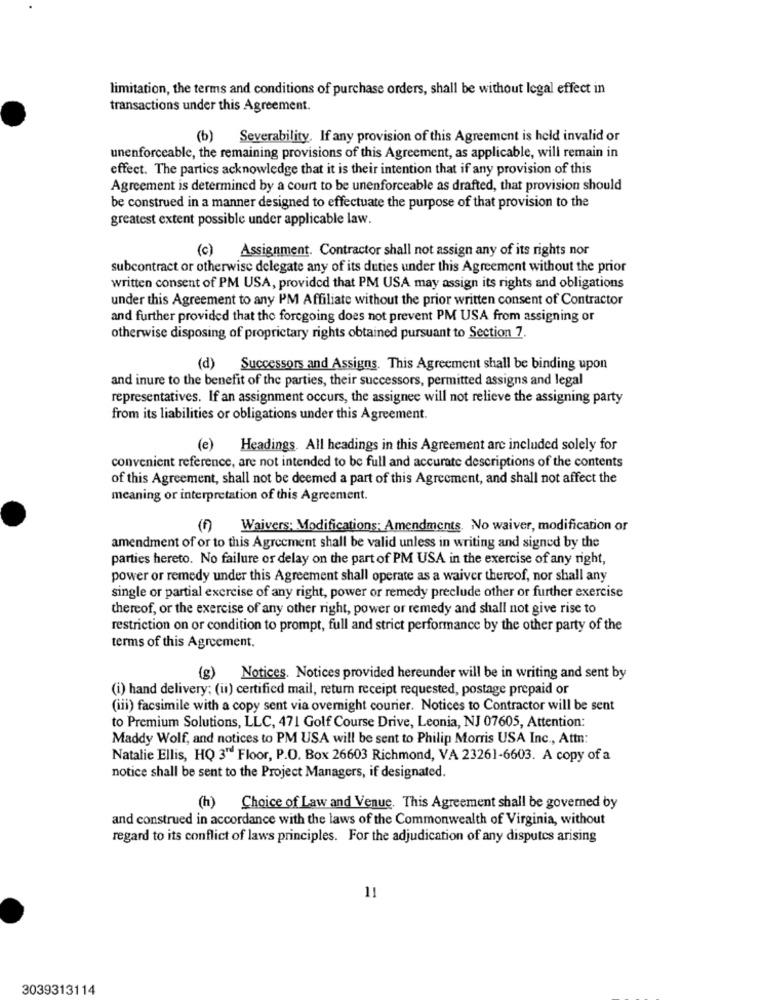
limitation, the terms and conditions of purchase orders, shall be without legal effect in
transactions under this Agreement.
(b) Severability. If any provision of this Agreement is held invalid or
unenforceable, the remaining provisions of this Agreement, as applicable, will remain in
effect. The partics acknowledge that it is their intention that if any provision of this
Agreement is determined by a court to be unenforceable as drafted, that provision should
be construed in a manner designed to effectuate the purpose of that provision to the
greatest extent possible under applicable law.
(c)
Assignment. Contractor shall not assign any of its rights nor
subcontract or otherwise delegate any of its duties under this Agreement without the prior
written consent of PM USA, provided that PM USA may assign its rights and obligations
under this Agreement to any PM Affiliate without the prior written consent of Contractor
and further provided that the foregoing does not prevent PM USA from assigning or
otherwise disposing of proprietary rights obtained pursuant to Section 7.
) Successors and Assigns. This Agreement shall be binding upon
and inure to the benefit of the parties, their successors, permitted assigns and legal
representatives. If an assignment occurs, the assignee will not relieve the assigning party
from its liabilities or obligations under this Agreement.
(e) Headings. All headings in this Agreement are included solely for
convenient reference, are not intended to be full and accurate descriptions of the contents
of this Agreement, shall not be deemed a part of this Agreement, and shall not affect the
meaning or interpretation of this Agreement.
(f) Waivers; Modifications; Amendments. No waiver, modification or
amendment of or to this Agreement shall be valid unless in writing and signed by the
parties hereto. No failure or delay on the part of PM USA in the exercise of any right,
power or remedy under this Agreement shall operate as a waiver thereof, nor shall any
single or partial exercise of any right, power or remedy preclude other or further exercise
thereof, or the exercise of any other right, power or remedy and shall not give rise to
restriction on or condition to prompt, full and strict performance by the other party of the
terms of this Agreement.
(g) Notices. Notices provided hereunder will be in writing and sent by
(i) hand delivery; (ii) certified mail, return receipt requested, postage prepaid or
(iii) facsimile with a copy sent via overnight courier. Notices to Contractor will be sent
to Premium Solutions, LLC, 471 Golf Course Drive, Leonia, NJ 07605, Attention:
Maddy Wolf, and notices to PM USA will be sent to Philip Morris USA Inc ., Attn:
Natalie Ellis, HQ 3" Floor, P.O. Box 26603 Richmond, VA 23261-6603. A copy of a
notice shall be sent to the Project Managers, if designated.
(h) Choice of Law and Venue. This Agreement shall be governed by
and construed in accordance with the laws of the Commonwealth of Virginia, without
regard to its conflict of laws principles. For the adjudication of any disputes arising
11
3039313114